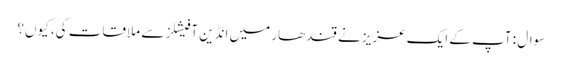
سوال : آپ کے ایک عزیز نے قندھار میں انڈین آفیشلز سے ملاقات کی، کیوں؟